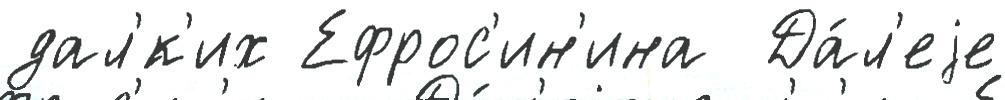
дал'́к'их Ефрос'ин'ина  Да́л'еjе